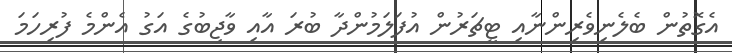
އެގޮތުން ބެލެނިވެރިންނާއި ޓީޗަރުން އުފަލަމުންދާ ބުރަ އާއި ވާޖިބުގެ އަގު އެންމެ ފުރިހަމަ